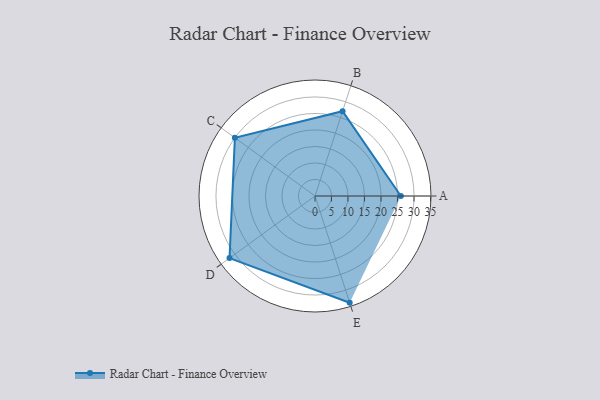
{"axis": {"x": "Skill", "y": "Score"}, "legend": ["Profile"], "data": [{"x": "A", "y": 26.0, "type": "Profile"}, {"x": "B", "y": 27.0, "type": "Profile"}, {"x": "C", "y": 30.0, "type": "Profile"}, {"x": "D", "y": 32.0, "type": "Profile"}, {"x": "E", "y": 34.0, "type": "Profile"}]}